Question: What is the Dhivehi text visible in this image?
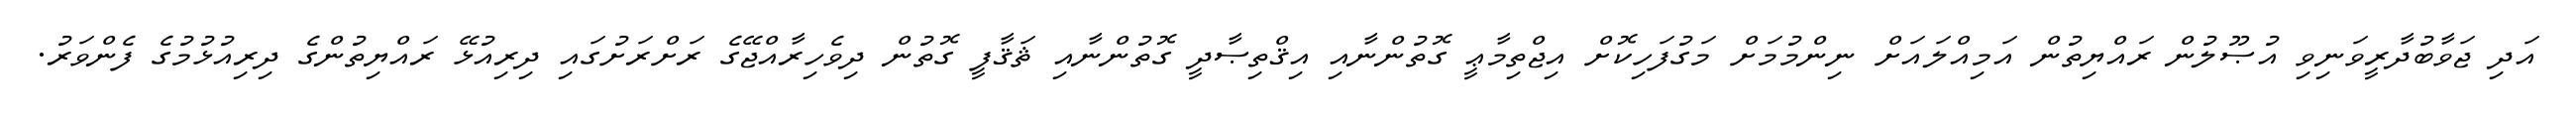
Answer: އަދި ޖަވާބުދާރީވަނިވި އުޞޫލުން ރައްޔިތުން އަމިއްލައަށް ނިންމުމަށް މަގުފަހިކޮށް އިޖްތިމާޢީ ގޮތުންނާއި އިޤްތިޞާދީ ގޮތުންނާއި ޘަޤާފީ ގޮތުން ދިވެހިރާއްޖޭގެ ރަށްރަށުގައި ދިރިއުޅޭ ރައްޔިތުންގެ ދިރިއުޅުމުގެ ފެންވަރު.